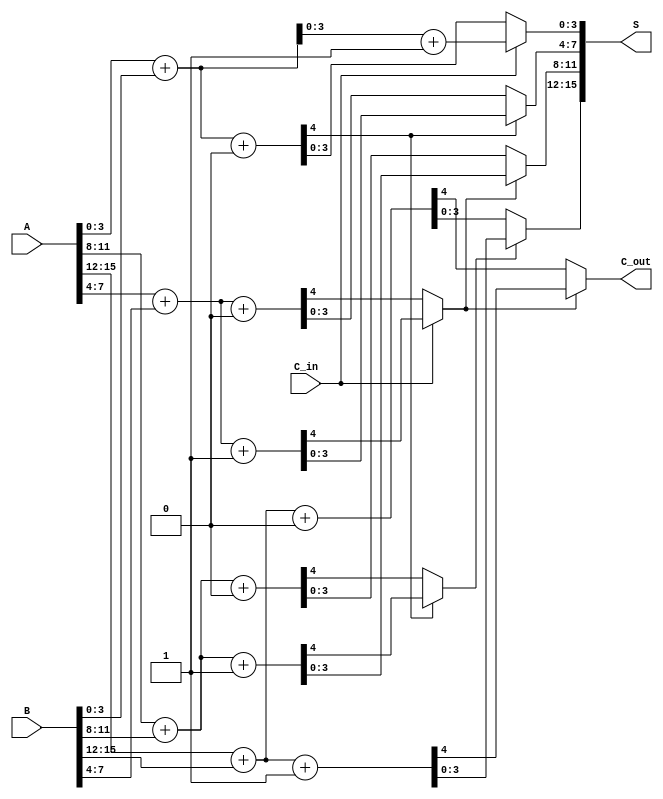
module static_carry_select_adder #(
    parameter N = 16, // Total number of bits in the adder
    parameter M = 4   // Number of bits in each block
) (
    input [N-1:0] A,      // First operand
    input [N-1:0] B,      // Second operand
    input C_in,           // Carry input
    output [N-1:0] S,     // Sum output
    output C_out          // Carry output
);

    // Calculate the number of blocks
    localparam NUM_BLOCKS = N / M;

    // Internal signals for sum and carry
    wire [M-1:0] S0 [0:NUM_BLOCKS-1]; // Sum when C_in = 0
    wire [M-1:0] S1 [0:NUM_BLOCKS-1]; // Sum when C_in = 1
    wire C_temp [0:NUM_BLOCKS-1];      // Carry out for each block
    wire S_select [0:NUM_BLOCKS-1];    // Select signal for MUX

    // Generate the blocks
    genvar i;
    generate
        for (i = 0; i < NUM_BLOCKS; i = i + 1) begin : block
            // Input indices
            wire [M-1:0] A_block = A[(i*M) +: M];
            wire [M-1:0] B_block = B[(i*M) +: M];

            // Full adder for C_in = 0
            wire C0;
            assign {C0, S0[i]} = A_block + B_block + 1'b0;

            // Full adder for C_in = 1
            wire C1;
            assign {C1, S1[i]} = A_block + B_block + 1'b1;

            // Assign carry out
            if (i == 0) begin
                assign C_temp[i] = C0; // For the first block
            end else begin
                assign C_temp[i] = S_select[i-1] ? C1 : C0; // Select carry based on previous block's selection
            end

            // Set select signal for MUX
            assign S_select[i] = (i == 0) ? C_in : C_temp[i-1];

            // Select output sum
            assign S[(i*M) +: M] = S_select[i] ? S1[i] : S0[i];
        end
    endgenerate

    // Assign final carry out
    assign C_out = C_temp[NUM_BLOCKS-1];

endmodule